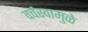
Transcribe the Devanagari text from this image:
वर्चस्वामुळे